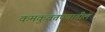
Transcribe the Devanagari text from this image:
कमकुवतपणातील